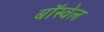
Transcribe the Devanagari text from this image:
बॉस्वेल